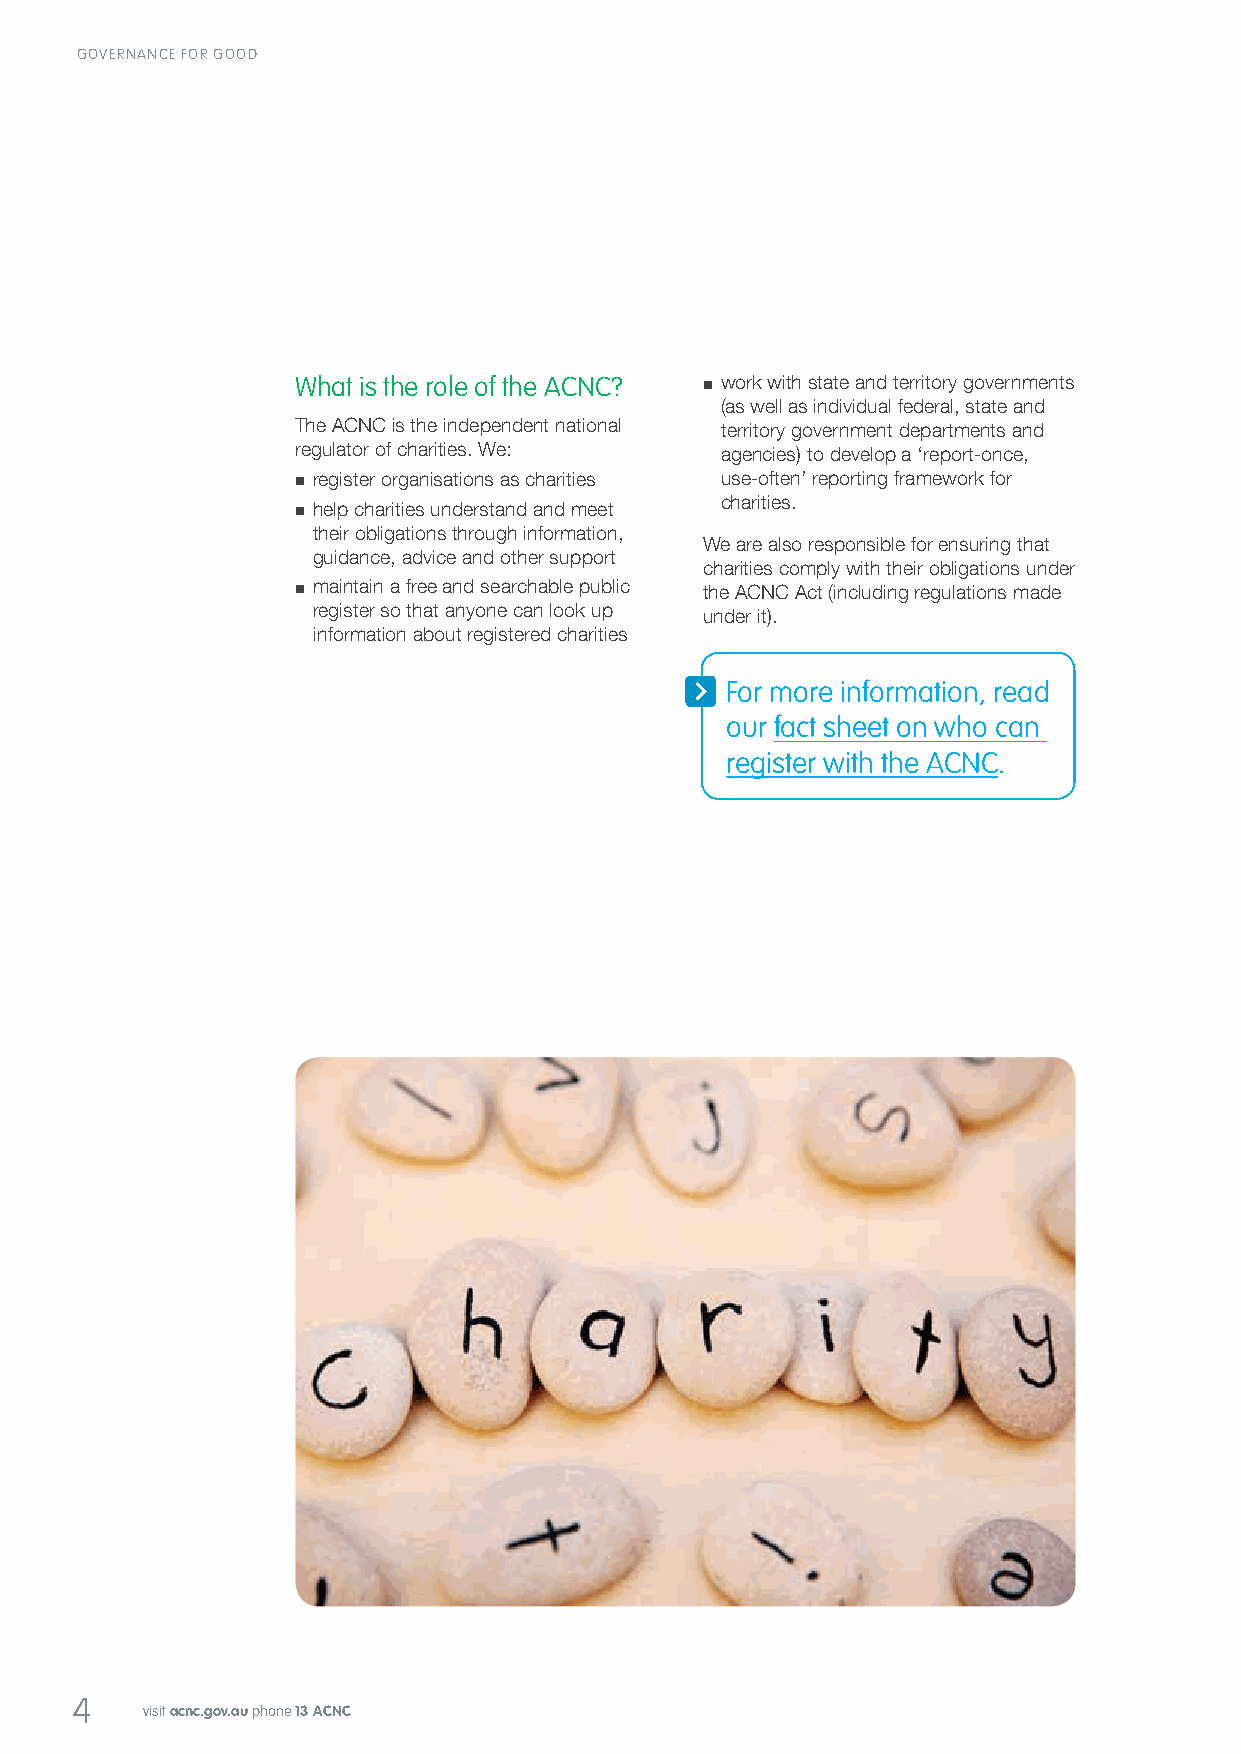
GOVERNANCE FOR GOOD
 What is the role of the ACNC? ■ work with state and territory governments
 (as well as individual federal, state and
 The ACNC is the independent national territory government departments and
 regulator of charities. We: agencies) to develop a ‘report-once,
 ■ register organisations as charities use‑often’ reporting framework for
 charities.
 ■ help charities understand and meet
 their obligations through information,
 We are also responsible for ensuring that
 guidance, advice and other support
 charities comply with their obligations under
 ■ maintain a free and searchable public the ACNC Act (including regulations made
 register so that anyone can look up under it).
 information about registered charities
 For more information, read
 our fact sheet on who can
 register with the ACNC.
 4
 visit acnc.gov.au phone 13 ACNC